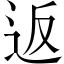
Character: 返